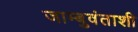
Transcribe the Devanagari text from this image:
जाम्बुवंताशी